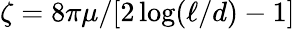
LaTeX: \zeta=8\pi\mu/[2\log(\ell/d)-1]